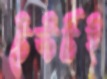
টেস্টটিই